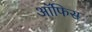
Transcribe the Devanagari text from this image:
अॉफिस